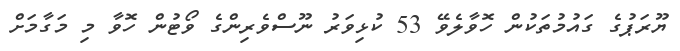
ޔޫރަޕުގެ ގައުމުތަކުން ހޮވާލެވޭ 53 ކުޅިވަރު ނޫސްވެރިންގެ ވޯޓުން ހޮވާ މި މަގާމަށް